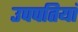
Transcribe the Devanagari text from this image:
उपपतियां